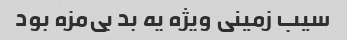
سیب زمینی ویژه یه بد بی‌مزه بود